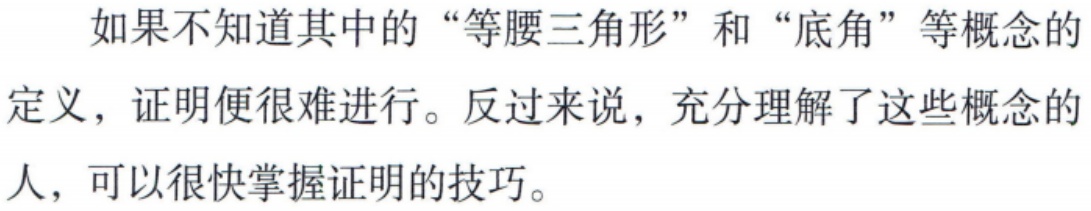
如果不知道其中的“等腰三角形”和“底角”等概念的

定义，证明便很难进行。反过来说，充分理解了这些概念的

人，可以很快掌握证明的技巧。